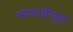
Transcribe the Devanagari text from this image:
भावदारिद्र्य